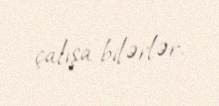
çalışa bilərlər.